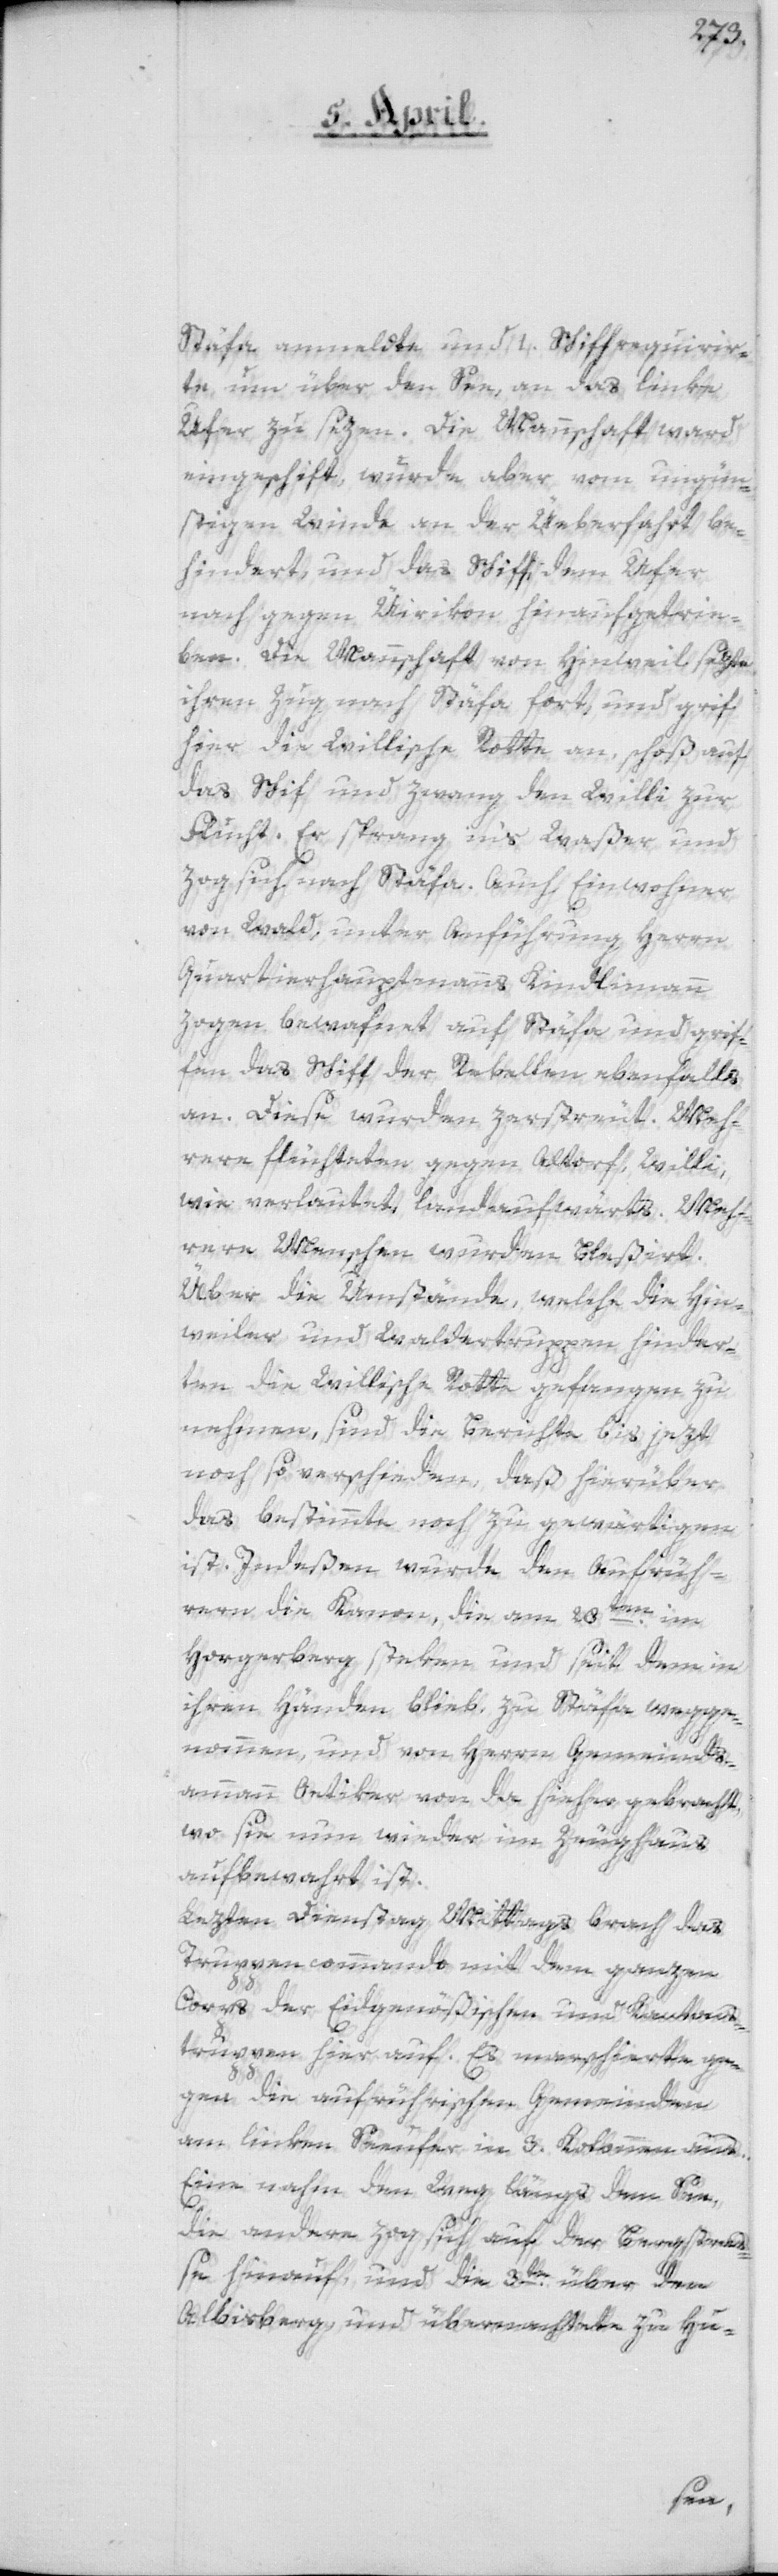
Stäfa anmeldte und 1. Schiff requirir¬
te, um über den See, an das linke
Ufer zu sezen. Die Mannschaft ward
eingeschifft, wurde aber vom ungün¬
stigen Winde an der Üeberfahrt be¬
hindert, und das Schiff dem Ufer
nach gegen Üerikon hinaufgetrie¬
ben. Die Mannschaft von Hinweil sezte
ihren Zug nach Stäfa fort, und griff
hier die Willische Rotte an, schoß auf
das Schiff und zwang den Willi zur
Flucht. Er sprang ins Waßer und
zog sich nach Stäfa. Auch Einwohner
von Wald, unter Anführung Herrn
Quartierhauptmanns Kindlimann
zogen bewafnet auf Stäfa und grif¬
fen das Schiff der Rebellen ebenfalls
an. Diese wurden zerstreut. Meh¬
rere flüchteten gegen Altorf, Willi,
wie verlautet, landaufwärts. Meh¬
rere Menschen wurden bleßiert.
Über die Umstände, welche die Hin¬
weiler[-] und Waldertruppen hinder¬
ten, die Willische Rotte gefangen zu
nehmen, sind die Berichte bis jezt
noch so verschieden, daß hierüber
das bestimmte noch zu gewärtigen
ist. Indeßen wurde den Aufrüh¬
rern die Kanon, die am 28ten im
Horgerberg steken und seit dem in
ihren Händen blieb, zu Stäfa wegge¬
nommen und von Herrn Gemeind¬
ammann Oetiker von da hieher gebracht,
wo sie nun wieder im Zeughaus
aufbewahrt ist.
Lezten Dienstag Mittags brach das
Truppencommando mit dem ganzen
Corps der Eidgenößischen[-] und Kantons¬
truppen hier auf. Es marschierte ge¬
gen die aufrührischen Gemeinden
am linken Seeufer in 3. Kolonnen aus.
Eine nahm den Weg längs dem See,
die andere zog sich auf der Bergstraß¬
e hinauf, und die 3te über den
Albisberg und übernachtete zu Hu-